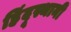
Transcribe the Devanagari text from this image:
हिंदूस्थानी